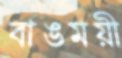
বাঙময়ী